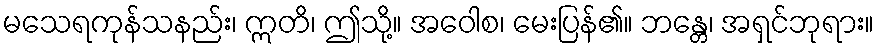
မသေရကုန်သနည်း၊ ဣတိ၊ ဤသို့။ အဝေါစ၊ မေးပြန်၏။ ဘန္တေ၊ အရှင်ဘုရား။